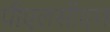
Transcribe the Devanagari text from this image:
पीएलसीएम